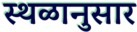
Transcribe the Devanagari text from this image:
स्थळानुसार